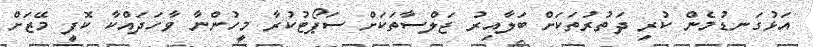
އަޅުގަނޑުމެން ކުރި ދަތުރުތަކަށް ބަލާއިރު ޖަލްސާތަކަށް ސަޕޯޓުކުރާ މީހުންނާ ވާހަދައްކާ ކޮފީ މޭޒަށް